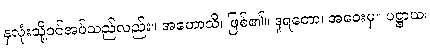
နှလုံးသို့ဝင်အပ်သည်လည်း။ အဟောသိ၊ ဖြစ်၏။ ဒူရတော၊ အဝေးမှ။ ပဋ္ဌာယ၊